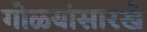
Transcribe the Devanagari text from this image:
गोळ्यांसारखे